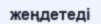
жеңдетеді